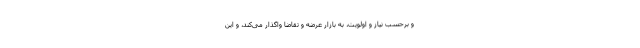
و برحسب نیاز و اولویت، به بازار عرضه و تقاضا واگذار می‌کند، و این